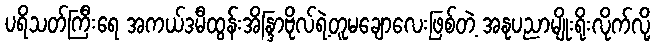
ပရိသတ်ကြီးရေ အကယ်ဒမီထွန်းအိန္ဒြာဗိုလ်ရဲ့တူမချောလေးဖြစ်တဲ့ အနုပညာမျိုးရိုးလိုက်လို့